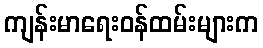
ကျန်းမာရေးဝန်ထမ်းများက